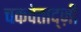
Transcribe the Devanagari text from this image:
चकवेताद्ज़ी